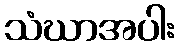
သံဃာအပါး